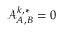
\mathcal { A } _ { A , B } ^ { k , * } = 0